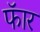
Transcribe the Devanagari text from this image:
फॅार